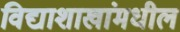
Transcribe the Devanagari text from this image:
विद्याशाखांमधील